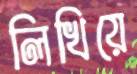
লিখিয়ে